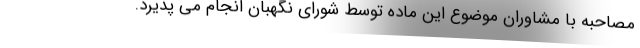
مصاحبه با مشاوران موضوع این ماده توسط شورای نگهبان انجام می پذیرد.